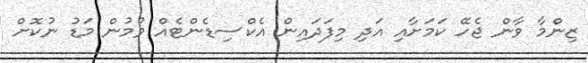
ޒިންމާ ވާން ޖެހޭ ކަމަށާއި އަދި މިފަދައިން އެކްސިޑެންޓެއް ވުމުން މަޑު ނުކޮށް